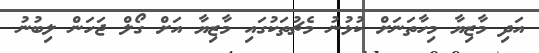
އަދި މާޒިޔާ މިހާތަނަށް ކުޅުނު މެޗުތަކުގައި މާޒިޔާ އަށް ގޯލް ޖަހަން ލިބުނު